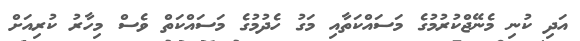
އަދި ކުނި މެނޭޖްކުރުމުގެ މަސައްކަތާއި މަގު ހެދުމުގެ މަސައްކަތް ވެސް މިހާރު ކުރިއަށް